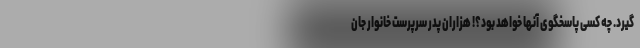
گیرد. چه کسی پاسخگوی آنها خواهد بود؟! هزاران پدر سرپرست خانوار جان